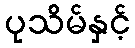
ပုသိမ်နှင့်